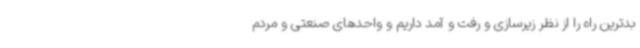
بدترین راه را از نظر زیرسازی و رفت و آمد داریم و واحدهای صنعتی و مردم